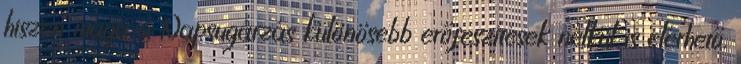
hiszen maga a Napsugárzás különösebb erőfeszítések nélkül is elérhető.